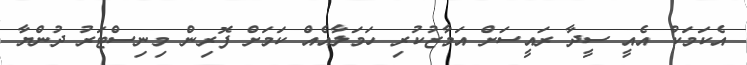
އެކަމަކު އެއީ ސީދާ ރައީސަށް އަމާޒުކުރި ހަމަލާއެއް ކަމަށް ފޮރިން މިނިސްޓަރު ދުންޔާ